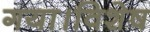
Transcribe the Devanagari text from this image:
गया।विशेष